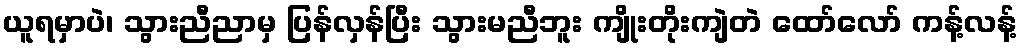
ယူရမှာပဲ၊ သွားညီညာမှ ပြန်လှန်ပြီး သွားမညီဘူး ကျိုးတိုးကျဲတဲ ထော်လော် ကန့်လန့်